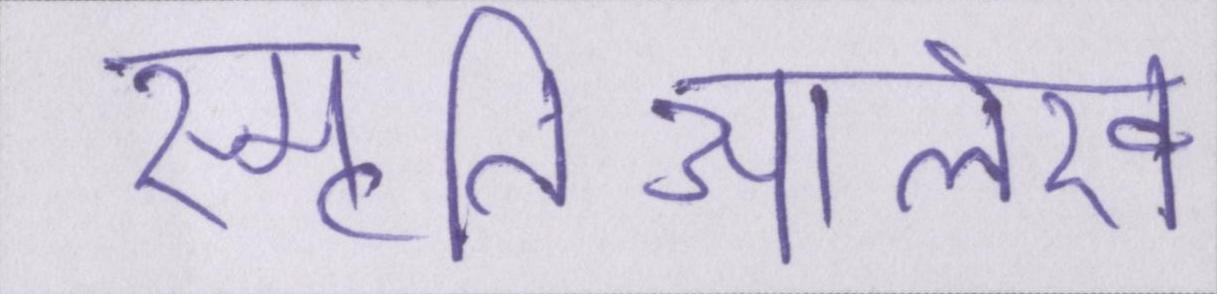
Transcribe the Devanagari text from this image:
स्मृतिआलेख